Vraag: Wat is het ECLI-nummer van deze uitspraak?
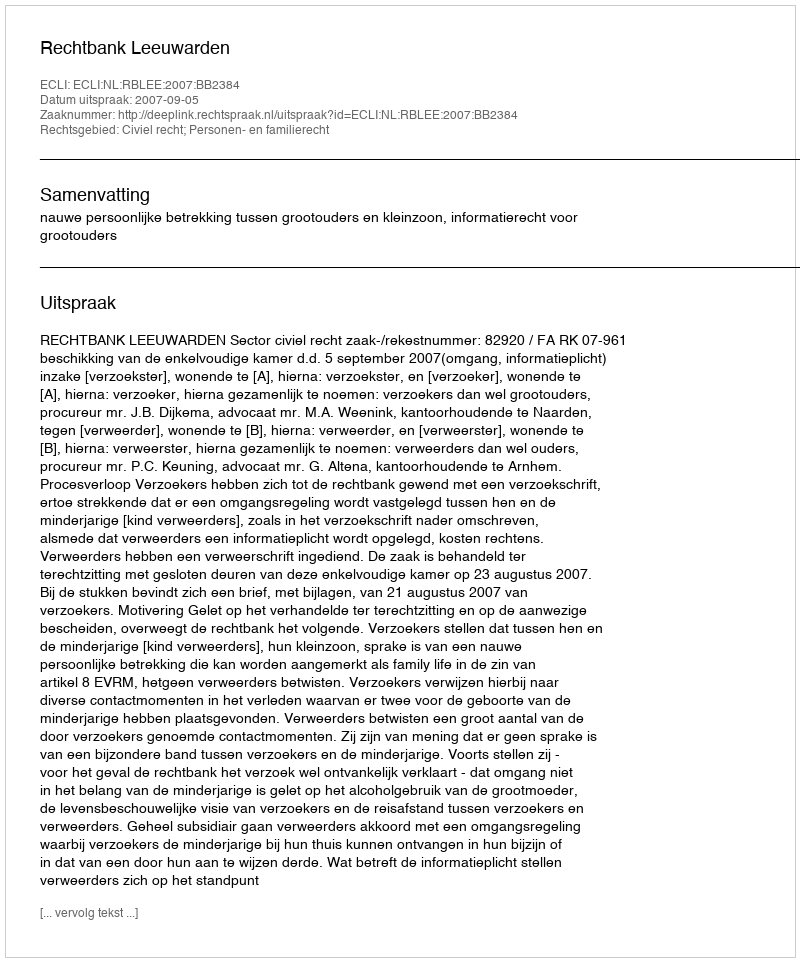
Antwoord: ECLI:NL:RBLEE:2007:BB2384